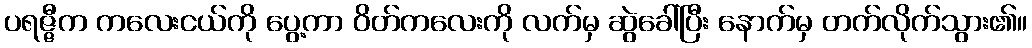
ပရဇ္ဇီက ကလေးငယ်ကို ပွေ့ကာ ဝိတ်ကလေးကို လက်မှ ဆွဲခေါ်ပြီး နောက်မှ တက်လိုက်သွား၏။